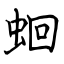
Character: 蛔